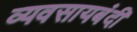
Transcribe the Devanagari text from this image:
व्यवसायबंदी